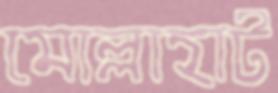
মোল্লাহাট